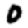
Digit: 0